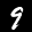
Label: 9